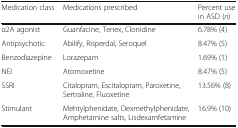
<table><thead><tr><td><b>Medication class</b></td><td><b>Medications prescribed</b></td><td><b>Percent use in ASD (<i>n</i>)</b></td></tr></thead><tbody><tr><td>α2A agonist</td><td>Guanfacine, Tenex, Clonidine</td><td>6.78% (4)</td></tr><tr><td>Antipsychotic</td><td>Abilify, Risperdal, Seroquel</td><td>8.47% (5)</td></tr><tr><td>Benzodiazepine</td><td>Lorazepam</td><td>1.69% (1)</td></tr><tr><td>NEI</td><td>Atomoxetine</td><td>8.47% (5)</td></tr><tr><td>SSRI</td><td>Citalopram, Escitalopram, Paroxetine,Sertraline, Fluoxetine</td><td>13.56% (8)</td></tr><tr><td>Stimulant</td><td>Mehtylphenidate, Dexmethylphenidate, Amphetamine salts, Lisdexamfetamine</td><td>16.9% (10)</td></tr></tbody></table>